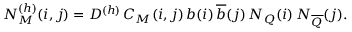
N _ { M } ^ { ( h ) } ( i , j ) = D ^ { ( h ) } \, C _ { M } ( i , j ) \, b ( i ) \, { \overline { { b } } } ( j ) \, N _ { Q } ( i ) \, N _ { \overline { { Q } } } ( j ) . \,